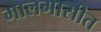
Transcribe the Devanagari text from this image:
मालगासीत